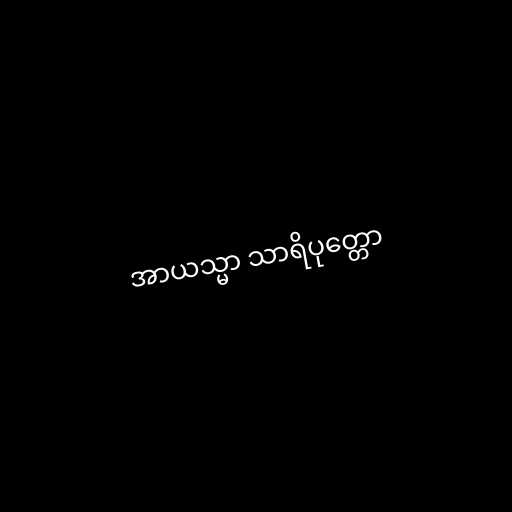
အာယသ္မာ သာရိပုတ္တော